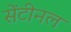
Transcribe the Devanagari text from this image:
सेंटीनल